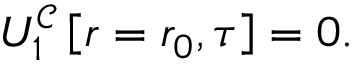
U _ { 1 } ^ { \mathcal { C } } \left[ r = r _ { 0 } , \tau \right] = 0 .